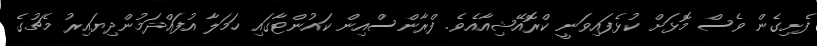
ފެށިގެން ވެސް މޮޅަށް ކުޅެފައިވަނީ ކްރޮއޭޝިއާއެވެ. ފްރާންސްއިން ކައުންޓާގައި ހަމަލާ އުފައްދަމުންދިޔައިރު މެޗުގެ